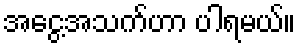
အငွေ့အသက်ဟာ ပါရမယ်။